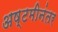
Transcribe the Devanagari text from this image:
अष्टमीनंतर